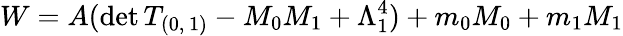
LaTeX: W=A(\mathrm{det}\, T_{(0,\, 1)}-M_{0}M_{1}+\Lambda_{1}^{4})+m_{0}M_{0}+m_{1}M_{1}